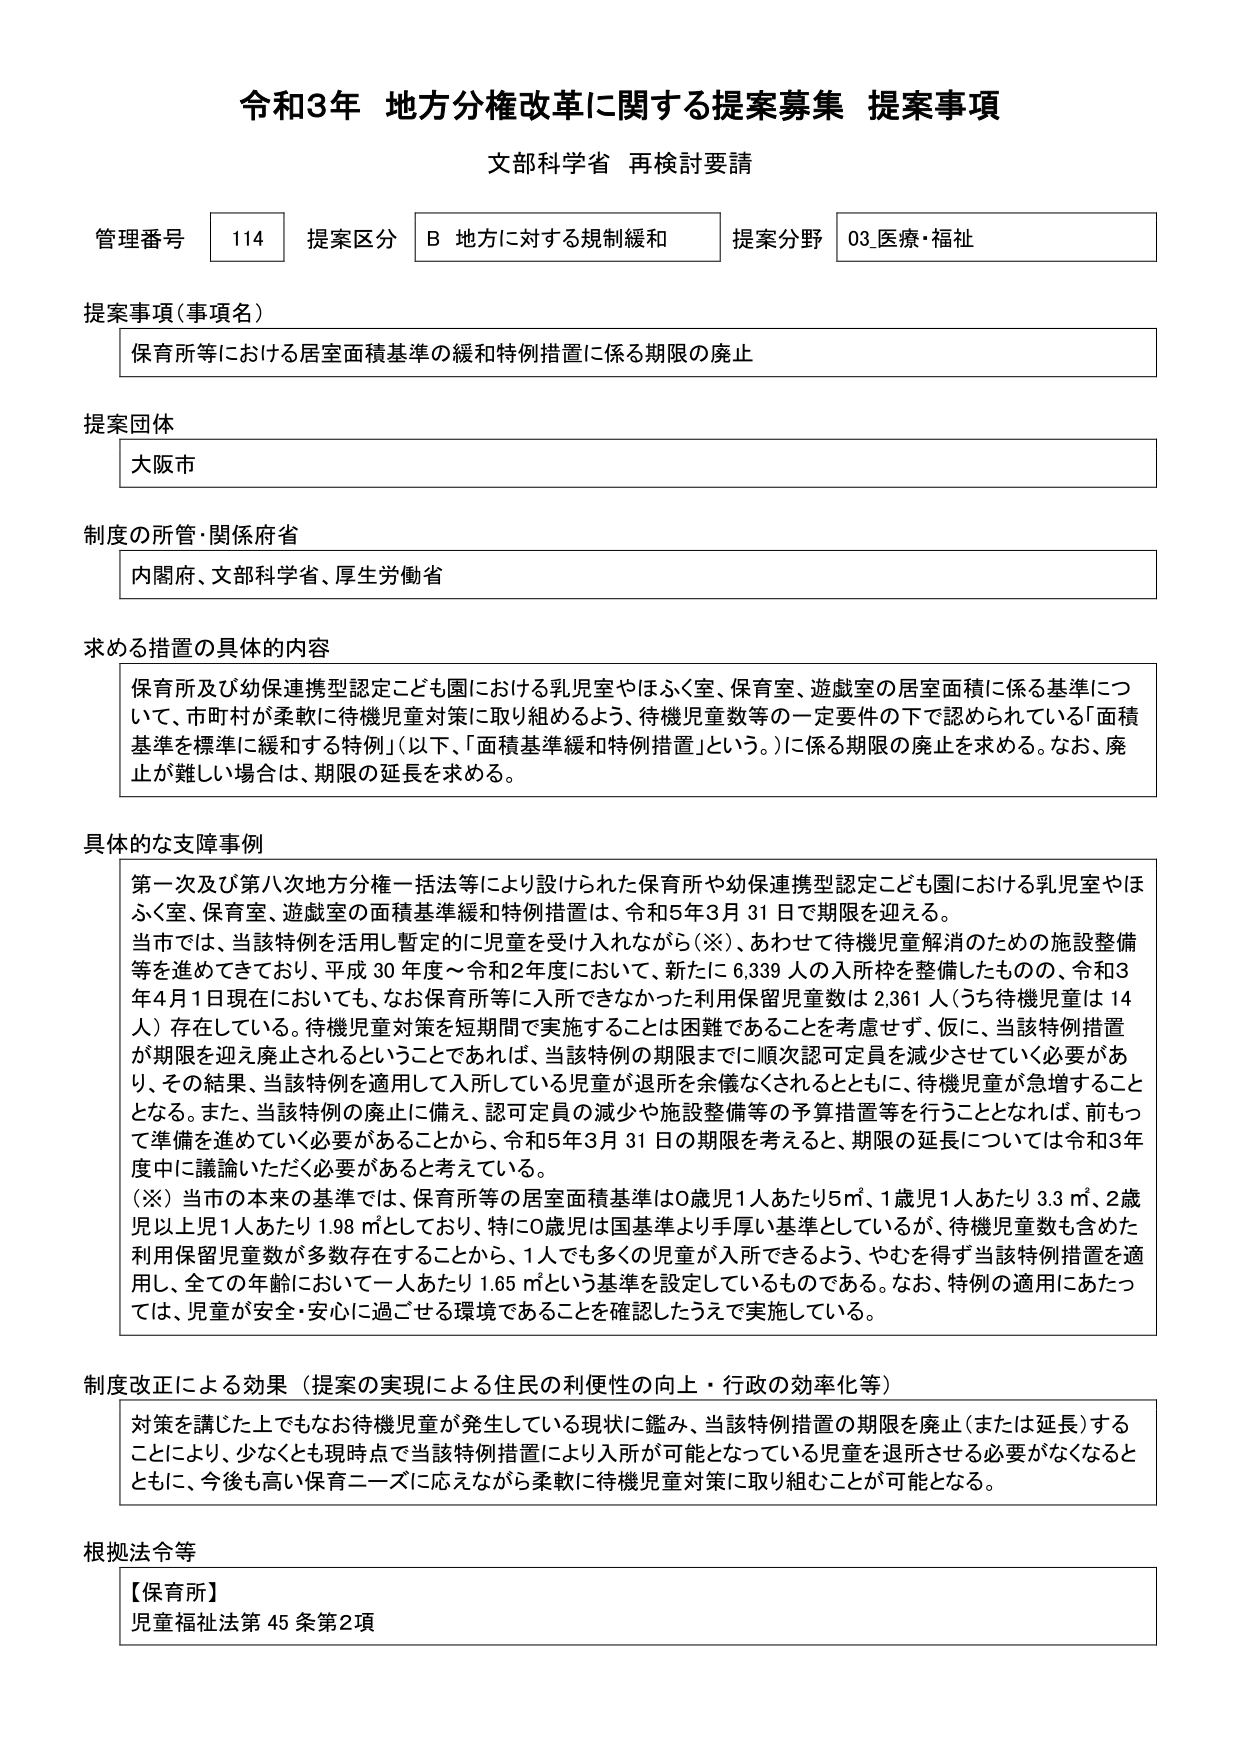
令和3年 地方分権改革に関する提案募集 提案事項
文部科学省 再検討要請

管理番号 114 提案区分 B 地方に対する規制緩和 提案分野 03.医療・福祉

提案事項（事項名）
保育所等における居室面積基準の緩和特例措置に係る期限の廃止

提案団体
大阪市

制度の所管・関係府省
内閣府、文部科学省、厚生労働省

求める措置の具体的内容
保育所及び幼保連携型認定こども園における乳児室やほふく室、保育室、遊戯室の居室面積に係る基準について、市町村が柔軟に待機児童対策に取り組めるよう、待機児童数等の一定要件の下で認められている「面積基準を標準に緩和する特例」（以下、「面積基準緩和特例措置」という。）に係る期限の廃止を求める。なお、廃止が難しい場合は、期限の延長を求める。

具体的な支障事例
第一次及び第八次地方分権一括法等により設けられた保育所や幼保連携型認定こども園における乳児室やほふく室、保育室、遊戯室の面積基準緩和特例措置は、令和5年3月31日で期限を迎える。
当市では、当該特例を活用し暫定的に児童を受け入れながら（※）、あわせて待機児童解消のための施設整備等を進めてきており、平成30年度～令和2年度において、新たに6,339人の入所枠を整備したものの、令和3年4月1日現在においても、なお保育所等に入所できなかった利用保留児童数は2,361人（うち待機児童は14人）存在している。待機児童対策を短期間で実施することは困難であることを考慮せず、仮に、当該特例措置が期限を迎え廃止されるということであれば、当該特例の期限までに順次認可定員を減少させていく必要があり、その結果、当該特例を適用して入所している児童が退所を余儀なくされるとともに、待機児童が急増することとなる。また、当該特例の廃止に備え、認可定員の減少や施設整備等の予算措置等を行うこととなれば、前もって準備を進めていく必要があることから、令和5年3月31日の期限を考えると、期限の延長については令和3年度中に議論いただく必要があると考えている。
（※）当市の本来の基準では、保育所等の居室面積基準は0歳児1人あたり5㎡、1歳児1人あたり3.3㎡、2歳児以上児1人あたり1.98㎡としており、特に0歳児は国基準より手厚い基準としているが、待機児童数も含めた利用保留児童数が多数存在することから、1人でも多くの児童が入所できるよう、やむを得ず当該特例措置を適用し、全ての年齢において一人あたり1.65㎡という基準を設定しているものである。なお、特例の適用にあたっては、児童が安全・安心に過ごせる環境であることを確認したうえで実施している。

制度改正による効果（提案の実現による住民の利便性の向上・行政の効率化等）
対策を講じた上でもなお待機児童が発生している現状に鑑み、当該特例措置の期限を廃止（または延長）することにより、少なくとも現時点で当該特例措置により入所が可能となっている児童を退所させる必要がなくなるとともに、今後も高い保育ニーズに応えながら柔軟に待機児童対策に取り組むことが可能となる。

根拠法令等
【保育所】
児童福祉法第45条第2項